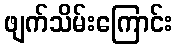
ဖျက်သိမ်းကြောင်း